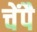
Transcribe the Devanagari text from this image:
चेंपै